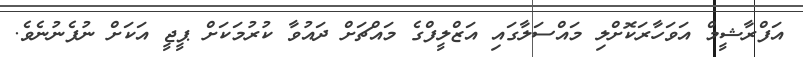
އަފްރާޝީމް އަވަހާރަކޮށްލި މައްސަލާގައި އަޒްލީފްގެ މައްޗަށް ދައުވާ ކުރުމަކަށް ޕީޖީ އަކަށް ނުފެނުނެވެ.